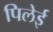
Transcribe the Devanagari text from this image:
पिलेई